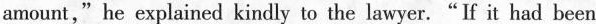
amount," he explained kindly to the lawyer."If it had been